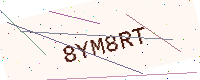
Text: 8YM8RT